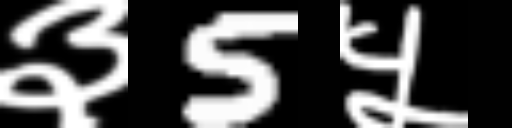
Text: ३5५